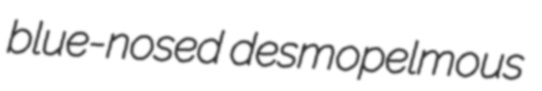
blue-nosed desmopelmous